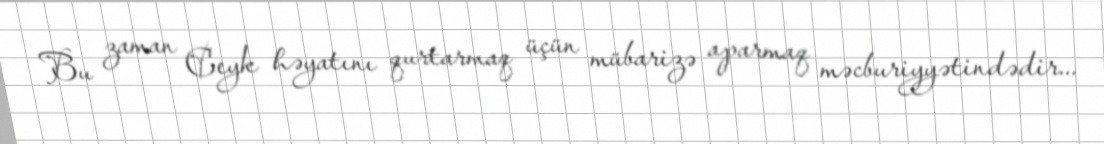
Bu zaman Ceyk həyatını qurtarmaq üçün mübarizə aparmaq məcburiyyətindədir...